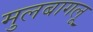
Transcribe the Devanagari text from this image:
मुलबागलू